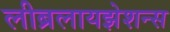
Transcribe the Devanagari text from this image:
लीब्रलायझेशन्स